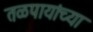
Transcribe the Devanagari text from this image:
तळपायांच्या